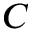
C